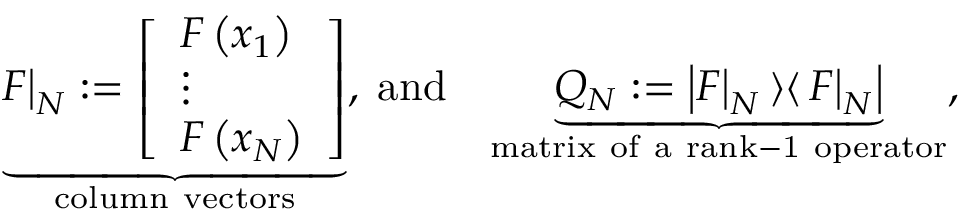
\underset { \mathrm { c o l u m n ~ v e c t o r s } } { \underbrace { F \big | _ { N } : = \left[ \begin{array} { l } { F \left( x _ { 1 } \right) } \\ { \vdots } \\ { F \left( x _ { N } \right) } \end{array} \right] } } , \; \mathrm { a n d } \quad \underset { \mathrm { m a t r i x ~ o f ~ a ~ r a n k - 1 ~ o p e r a t o r } } { \underbrace { Q _ { N } : = \left| F \big | _ { N } \left\rangle \right\langle F \big | _ { N } \right| } } ,